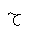
Letter: _ha